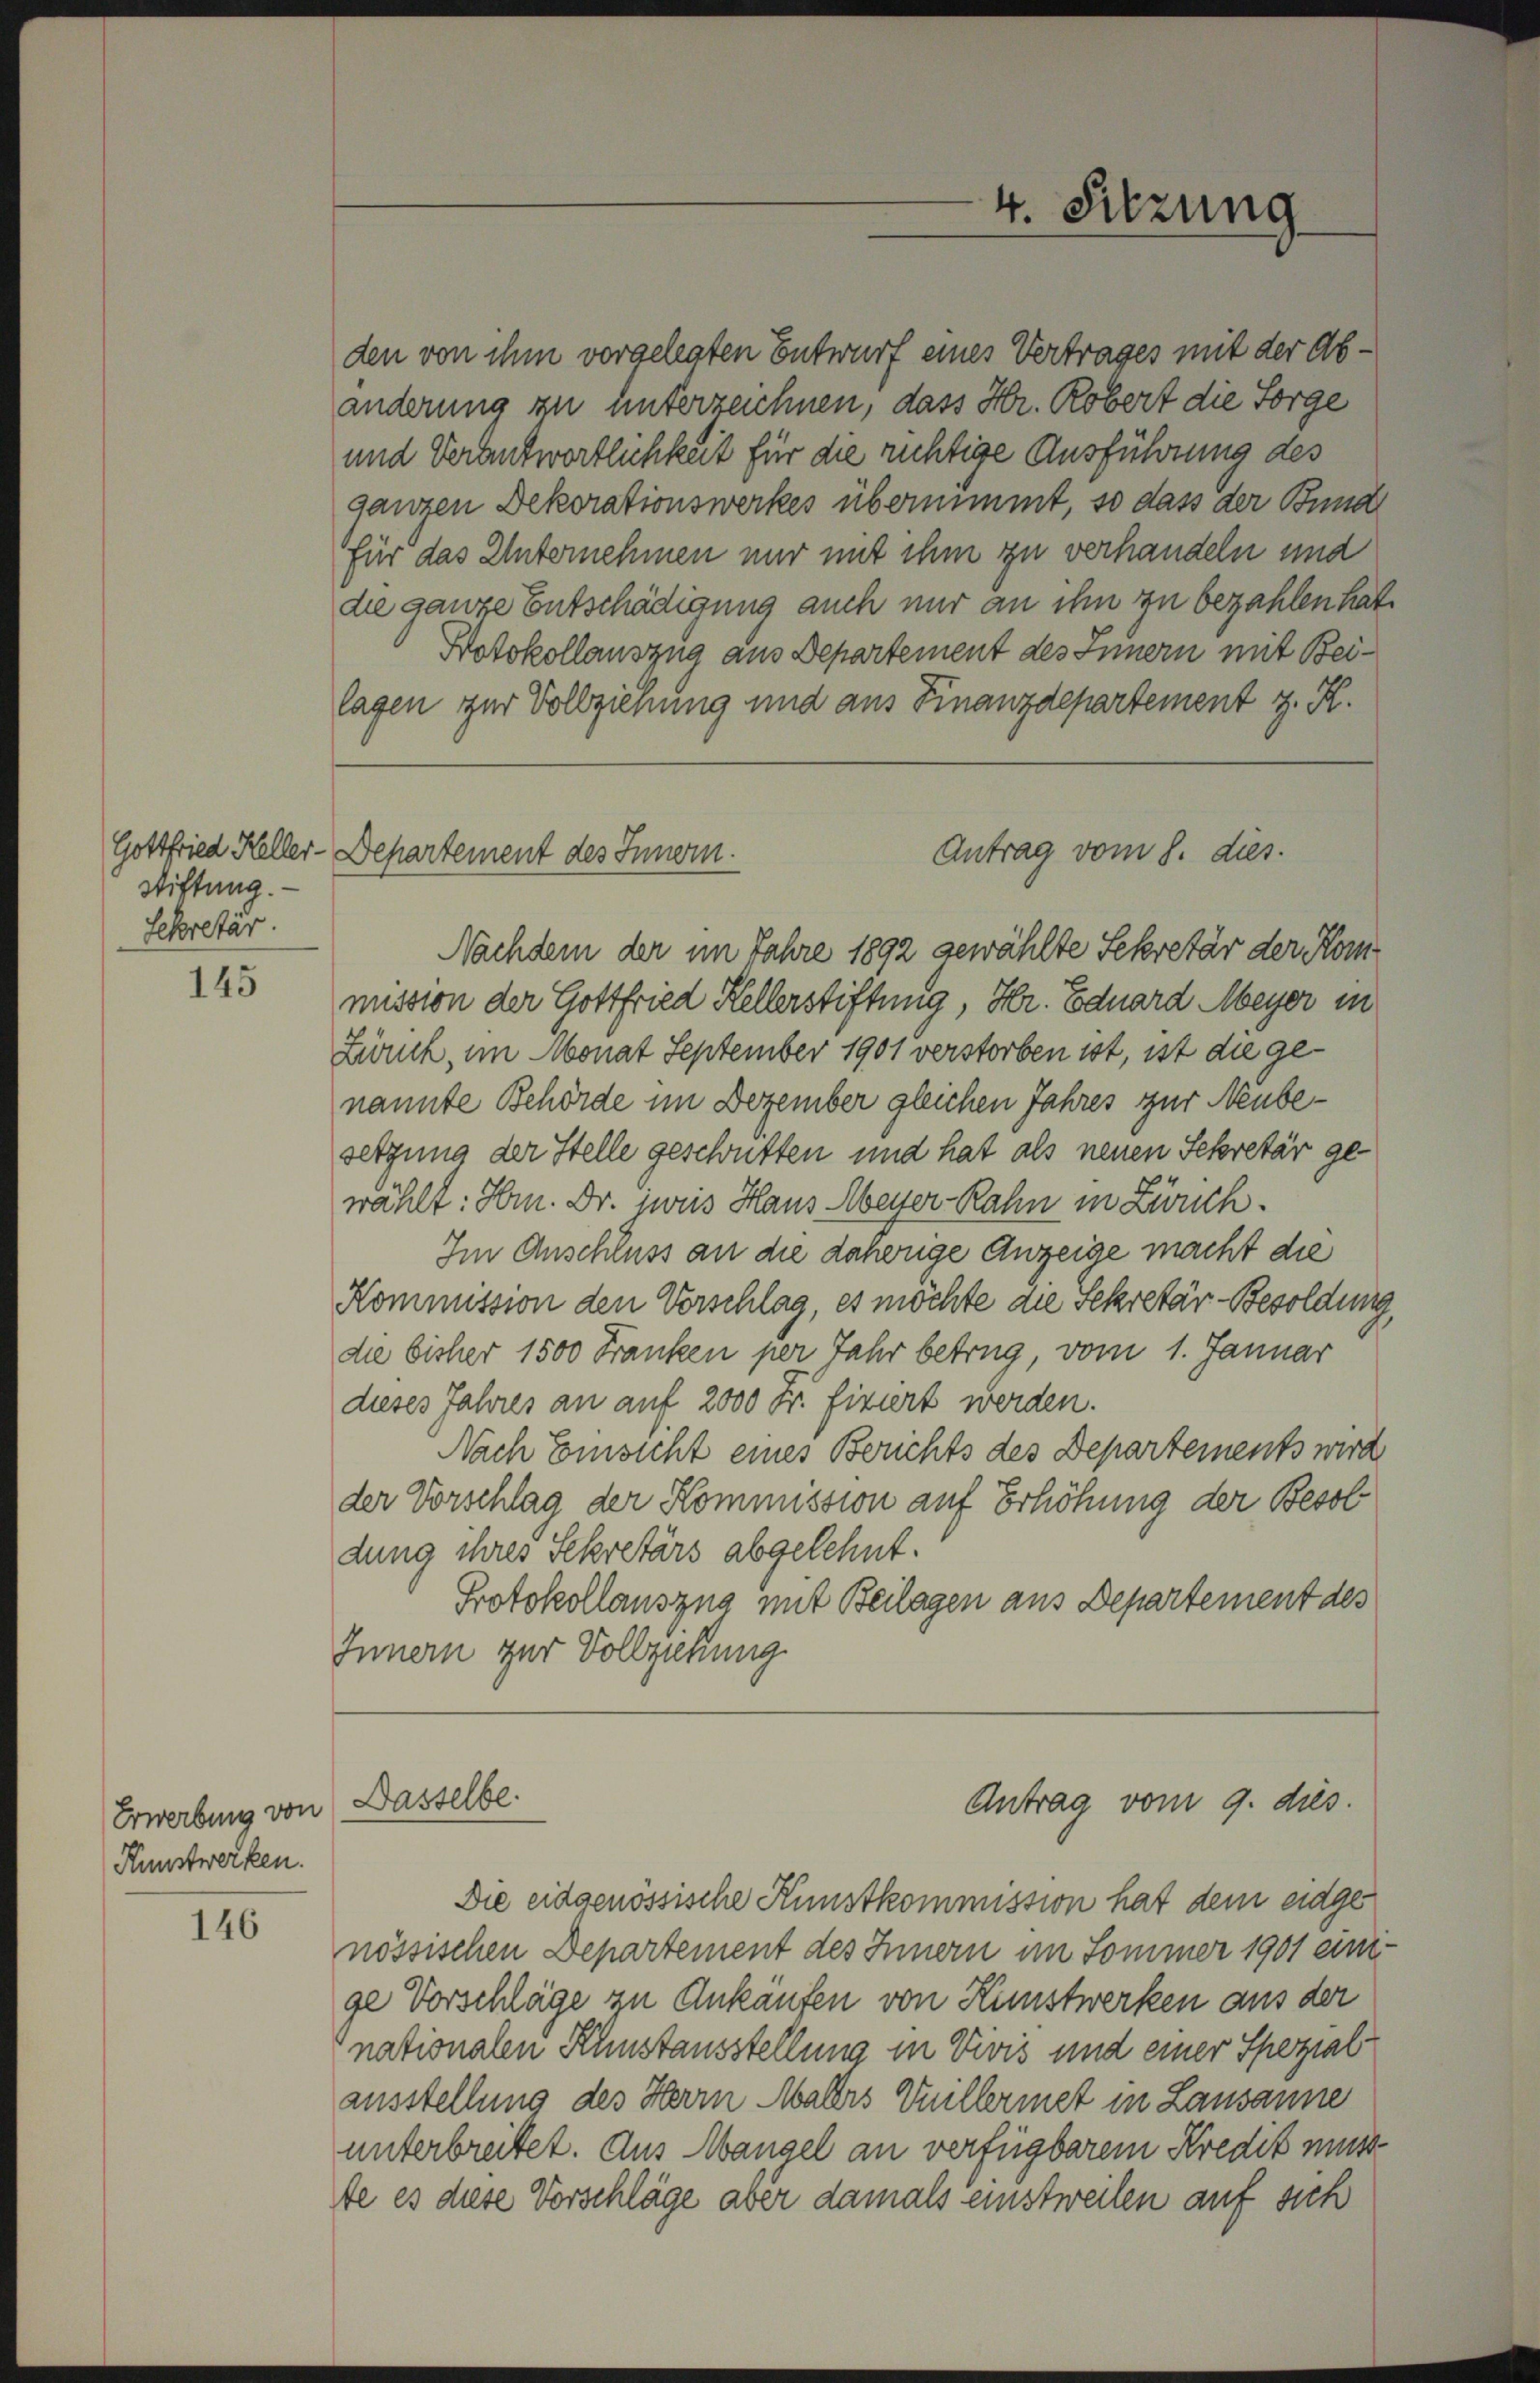
Stiftung.
Sekretär.

145

Erwerbung von
Kunstwerken.

146

den von ihm vorgelegten Entwurf eines Vertrages mit der Abänderung zu unterzeichnen, dass Hr. Robert die Sorge
und Verantwortlichkeit für die richtige Ausführung des
ganzen Dekorationswerkes übernimmt, so dass der Bund
für das Unternehmen nur mit ihm zu verhandeln und
die ganze Entschädigung auch nur an ihn zu bezahlen hat.
Potokollauszug aus Departement des Innern mit Beilagen zur Vollziehung und aus Finanzdepartement z. K.

Gottfried Keller-Departement des Innern.
Antrag vom 8. dies.

Dasselbe.

4. Sitzung

Antrag vom 9. dies

Die eidgenössische Kunstkommission hat dem eidgenössischen Departement des Innern im Sommer 1901 einige Vorschläge zu Ankaufen von Kunstwerken aus der
nationalen Kunstausstellung in Vivis und einer Spezialausstellung des Herrn Malers Vuillermet in Lausanne
unterbreitet. Aus Mangel an verfügbarem Kredit muss
te es diese Vorschläge aber damals einstweilen auf sich

Nachdem der im Jahre 1892 gewählte Sekretär der Kommission der Gottfried Kellerstiftung, Hr. Eduard Meyer in
Zürich, im Monat September 1901 verstorben ist, ist die genannte Behörde im Dezember gleichen Jahres zur Neubesetzung der Stelle geschütten und hat als neuen Sekretär gewählt: Hrn. Dr. jweis Haus Meyer Rahn in Zürch.
Im Anschluss an die daherige Anzeige macht die
Kommission den Vorschlag, es möchte die Sekretär-Besoldung
die bisher 1500 Franken per Jahr betrug, vom 1. Januar
dieses Jahres an auf 2000 Fr. fixirt werden.
Nach Einsicht eines Berichts des Departements wird
der Vorschlag der Kommission auf Erhöhung der Besol
dung ihres Sekretärs abgelehnt.
Protokollauszug mit Beilagen aus Departement des
Innern zur Vollziehung